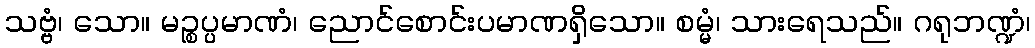
သဗ္ဗံ၊ သော။ မဉ္စပ္ပမာဏံ၊ ညောင်စောင်းပမာဏရှိသော။ စမ္မံ၊ သားရေသည်။ ဂရုဘဏ္ဍံ၊